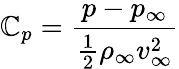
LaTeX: \mathbb{C}_{p}=\frac{{p-p_{\infty}}}{{\frac{{1}}{{2}}\rho_{\infty}v_{\infty}^{2}}}